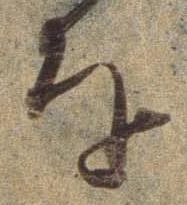
を